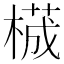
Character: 𬃾